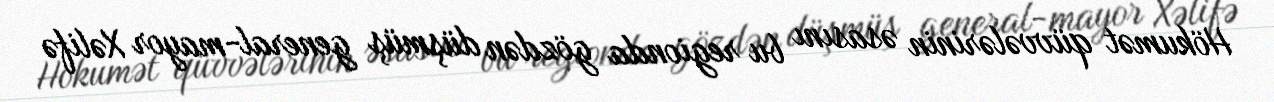
Hökumət qüvvələrinin əsasını bu regionda gözdən düşmüş general-mayor Xəlifə